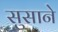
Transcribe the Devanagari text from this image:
सुसाने